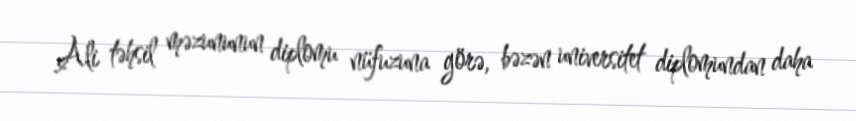
Ali təhsil məzununun diplomu nüfuzuna görə, bəzən universitet diplomundan daha